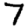
Digit: 7